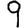
Digit: 9